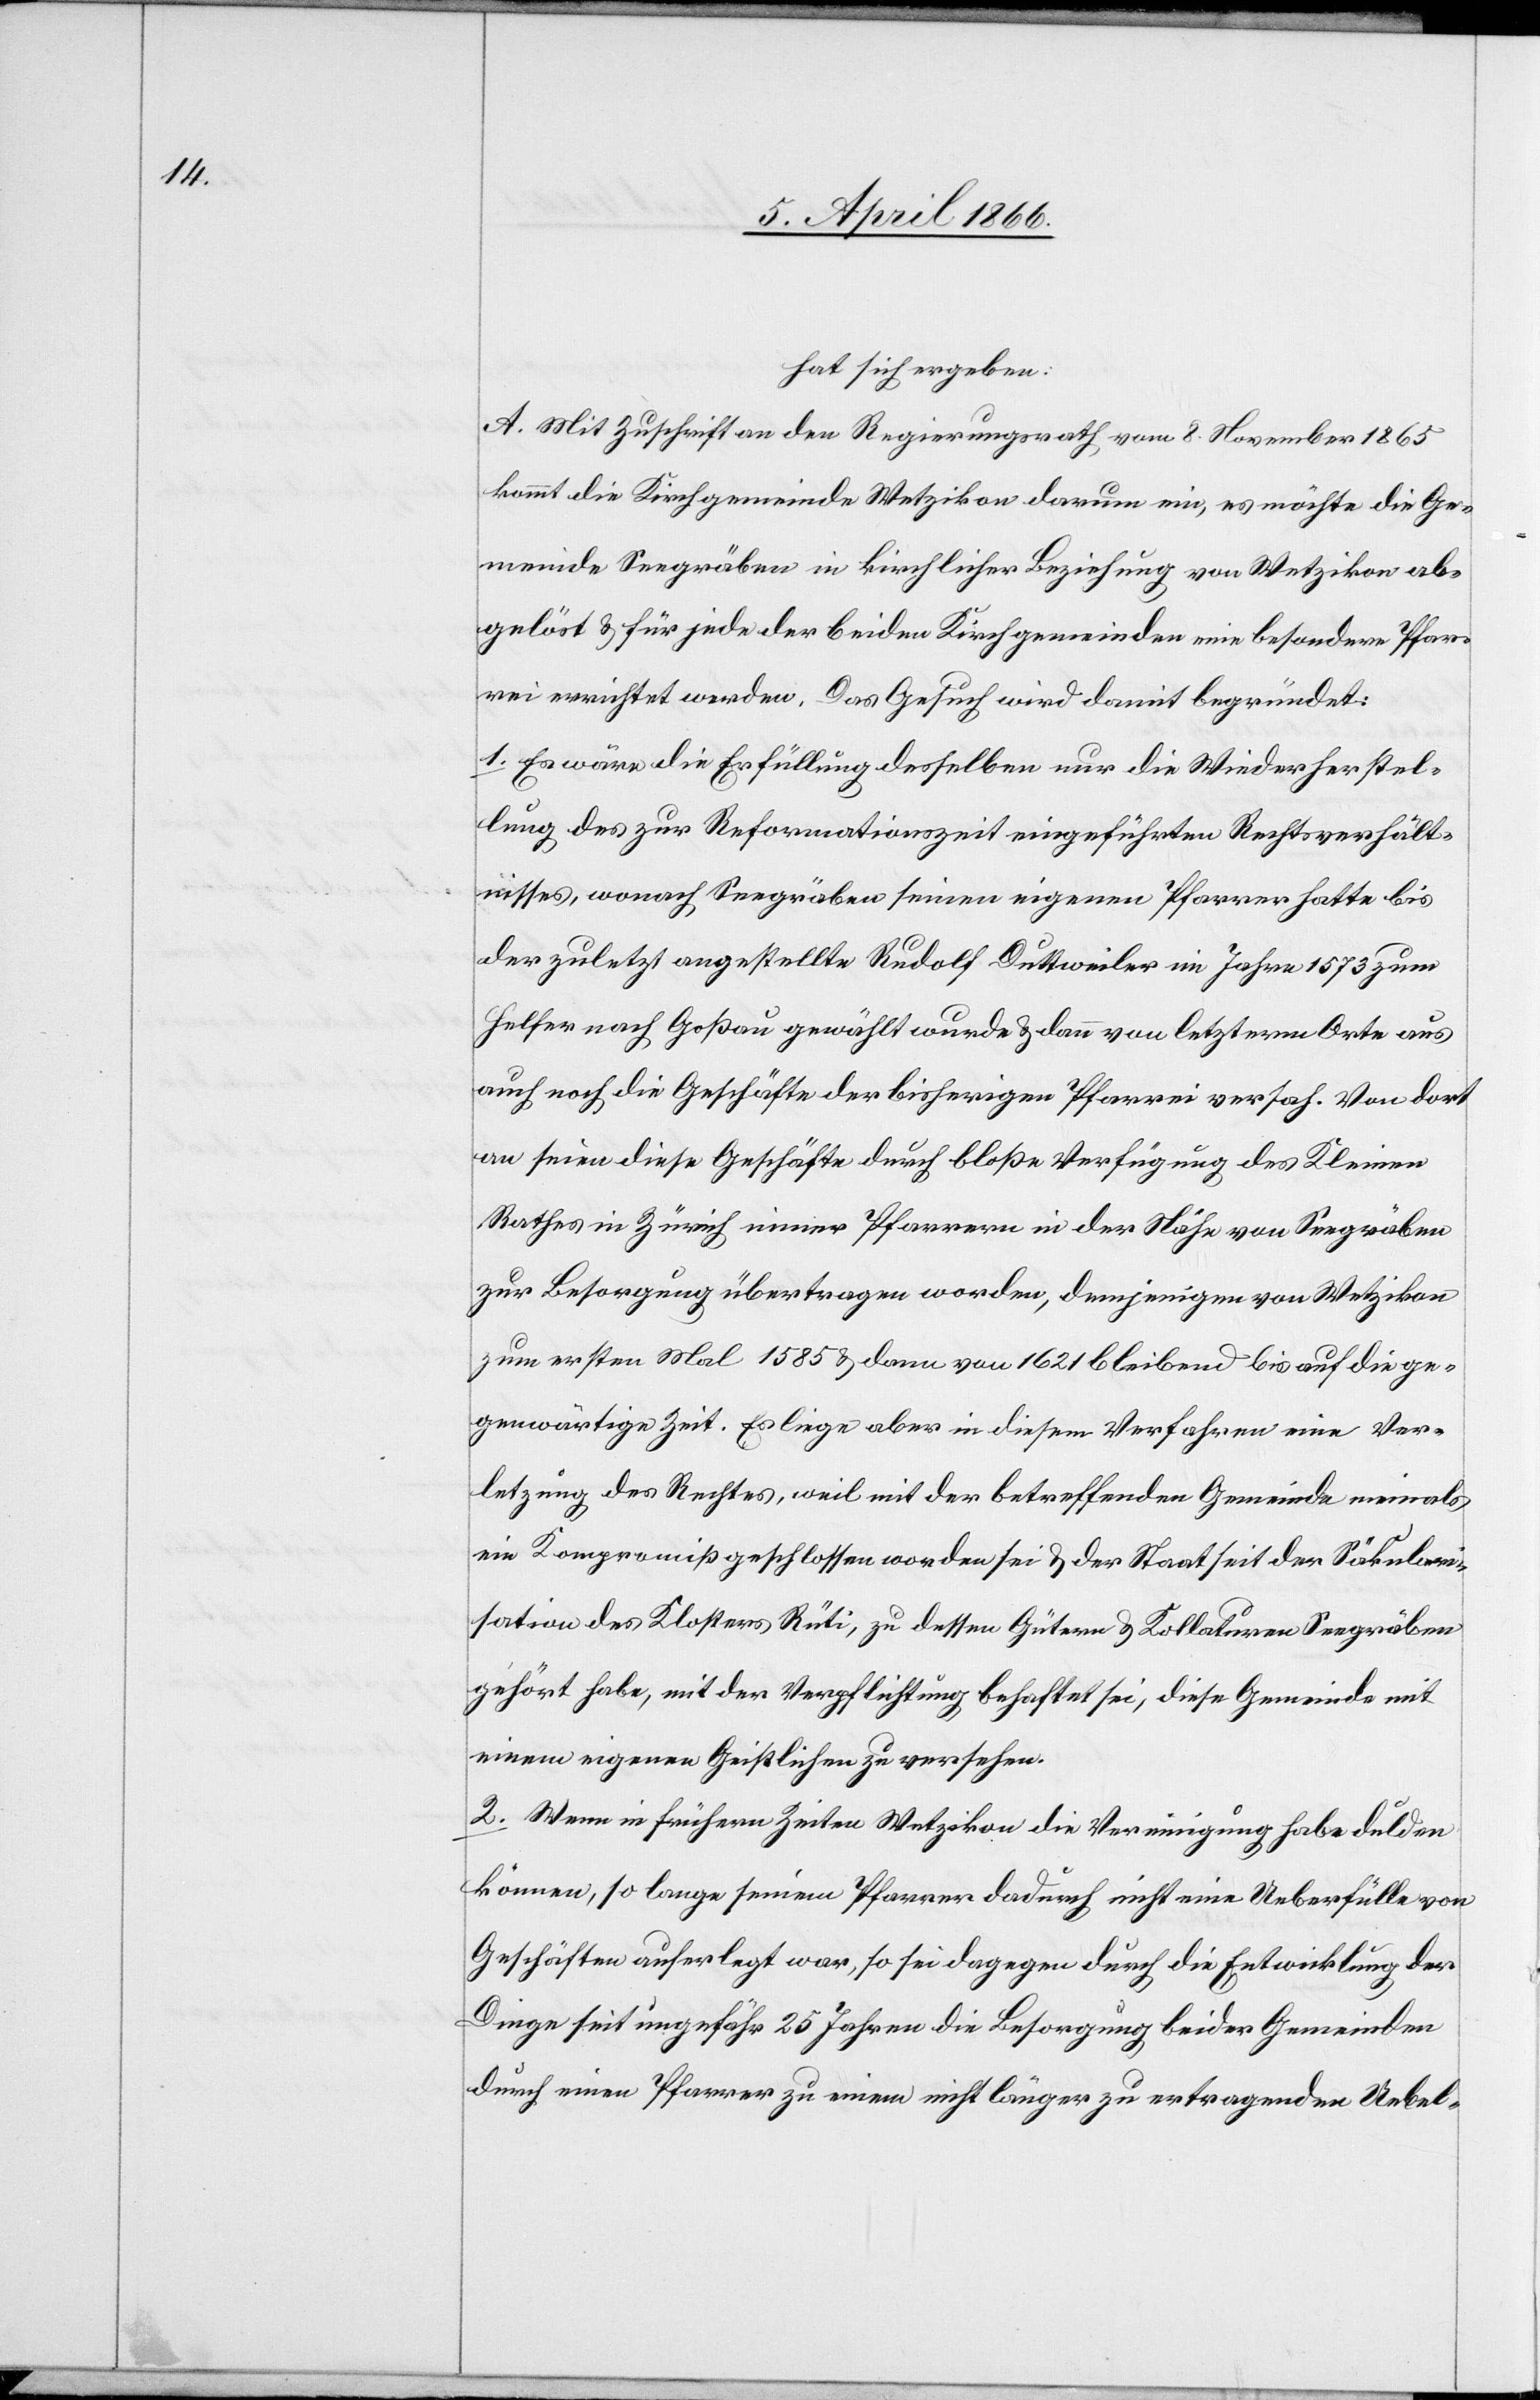
hat sich ergeben:
A. Mit Zuschrift an den Regierungsrath vom 8. November 1865
kommt die Kirchgemeinde Wetzikon darum ein, es möchte die Ge¬
meinde Seegräben in kirchlicher Beziehung von Wetzikon ab¬
gelöst u. für jede der beiden Kirchgemeinden eine besondere Pfar¬
rei errichtet werden. Das Gesuch wird damit begründet:
1. Es wäre die Erfüllung desselben nur die Wiederherstel¬
lung des zur Reformationszeit eingeführten Rechtsverhält¬
nisses, wonach Seegräben seinen eigenen Pfarrer hatte bis
der zuletzt angestellte Rudolf Duttweiler im Jahre 1573 zum
Helfer nach Goßau gewählt wurde u. dann von letzterm Orte aus
auch noch die Geschäfte der bisherigen Pfarrei versah. Von dort
an seien diese Geschäfte durch bloße Verfügung des Kleinen
Rathes in Zürich einem Pfarrer in der Nähe von Seegräben
zur Besorgung übertragen worden, demjenigen von Wetzikon
zum ersten Mal 1585 u. dann von 1621 bleibend bis auf die ge¬
genwärtige Zeit. Es liege aber in diesem Verfahren eine Ver¬
letzung des Rechtes, weil mit der betreffenden Gemeinde niemals
ein Kompromiß geschlossen worden sei u. der Staat seit der Säkulari¬
sation des Klosters Rüti, zu dessen Gütern u. Kollaturen Seegräben
gehört habe, mit der Verpflichtung behaftet sei, diese Gemeinde mit
einem eigenen Geistlichen zu versehen.
2. Wenn in frühern Zeiten Wetzikon die Vereinigung habe dulden
können, so lange seinem Pfarrer dadurch nicht eine Ueberfülle von
Geschäften auferlegt war, so sei dagegen durch die Entwicklung der
Dinge seit ungefähr 25 Jahren die Besorgung beider Gemeinden
durch einen Pfarrer zu einem nicht länger zu ertragenden Uebel-